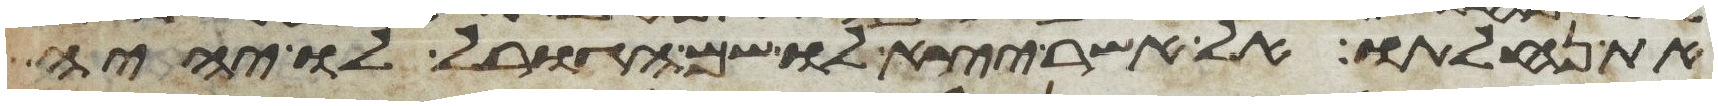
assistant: את נחלתו על אשר יצא לו שם הגורל לו יהיה